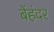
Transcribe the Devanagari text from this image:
बेंहंदर